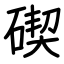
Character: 碶